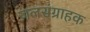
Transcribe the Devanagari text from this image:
जलसंग्राहक